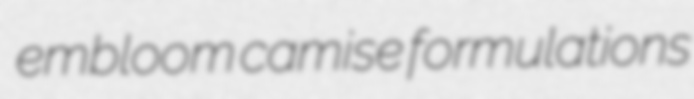
embloom camise formulations